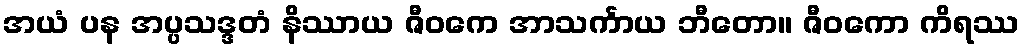
အယံ ပန အပ္ပသဒ္ဒတံ နိဿာယ ဇီဝကေ အာသင်္ကာယ ဘီတော။ ဇီဝကော ကိရဿ